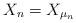
LaTeX: \begin{align*} X_n = X_{\mu_n}\end{align*}